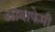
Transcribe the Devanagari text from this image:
ओबाफेमी